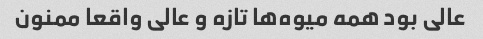
عالی بود همه میوه‌ها تازه و عالی واقعا ممنون